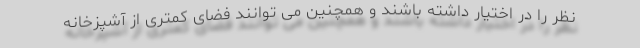
نظر را در اختیار داشته باشند و همچنین می توانند فضای کمتری از آشپزخانه